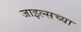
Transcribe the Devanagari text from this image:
जाइल्सच्या